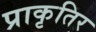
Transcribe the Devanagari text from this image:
प्राकृतिर